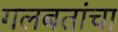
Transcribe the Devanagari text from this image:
गलबतांचा